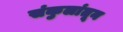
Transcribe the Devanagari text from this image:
संकुलांतून